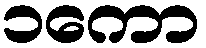
၁ကော